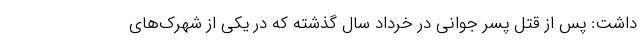
داشت: پس از قتل پسر جوانی در خرداد سال گذشته که در یکی از شهرک‌های